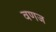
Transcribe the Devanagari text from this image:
वणज